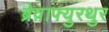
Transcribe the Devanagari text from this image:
ब्रेव़ाफ्युरथुर